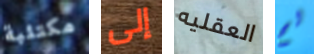
مكتئبة إلى العقليه لم